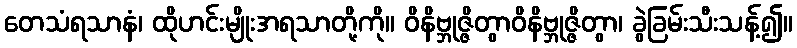
တေသံရသာနံ၊ ထိုဟင်းမျိုးအရသာတို့ကို။ ဝိနိဗ္ဘုဇ္ဇိတွာဝိနိဗ္ဘုဇ္ဇိတွာ၊ ခွဲခြမ်းသီးသန့်၍။